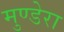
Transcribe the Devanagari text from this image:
मुण्डेरा